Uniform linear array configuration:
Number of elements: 4
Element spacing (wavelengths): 0.5
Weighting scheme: cosine
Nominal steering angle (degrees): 30
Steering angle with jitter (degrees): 28.963
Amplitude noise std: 0.05
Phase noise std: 0.05

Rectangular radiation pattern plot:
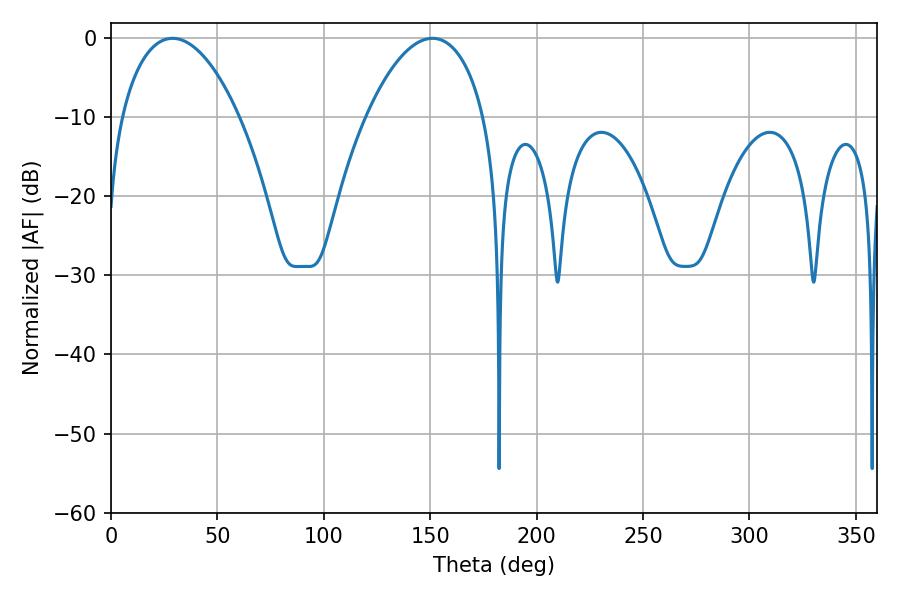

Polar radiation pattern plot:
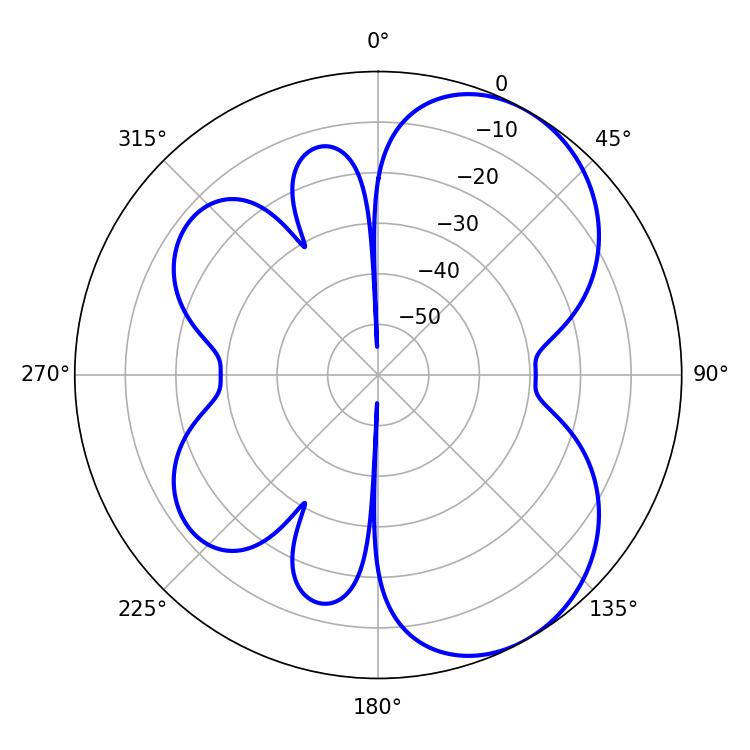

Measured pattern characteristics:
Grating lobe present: FALSE
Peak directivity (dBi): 5.758
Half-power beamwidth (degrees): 31.14
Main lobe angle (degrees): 28.98